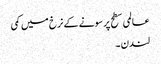
عالمی سطح پر سونے کے نرخ میں کمی
لندن ۔